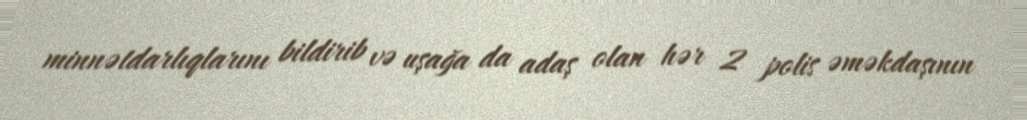
minnətdarlıqlarını bildirib və uşağa da adaş olan hər 2 polis əməkdaşının